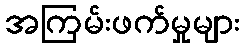
အကြမ်းဖက်မှုများ